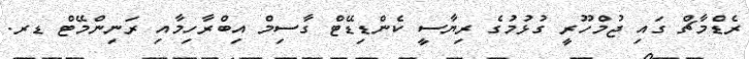
ރެޑްމާޗް ގައި ޖުމްހޫރީ ގުޅުމުގެ ރިޔާސީ ކެންޑިޑޭޓް ގާސިމް އިބްރާހިމާއި ރަނިންމޭޓް ޑރ.